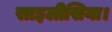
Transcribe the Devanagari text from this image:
साइलीसिया।